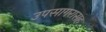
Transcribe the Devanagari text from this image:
उपसागरासह